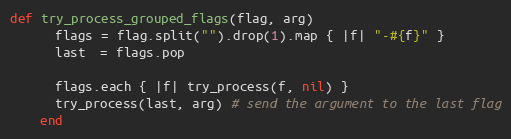
Language: Ruby
def try_process_grouped_flags(flag, arg)
      flags = flag.split("").drop(1).map { |f| "-#{f}" }
      last  = flags.pop

      flags.each { |f| try_process(f, nil) }
      try_process(last, arg) # send the argument to the last flag
    end